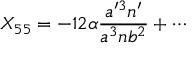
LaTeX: X _ { 5 5 } = - 1 2 \alpha { \frac { a ^ { \prime 3 } n ^ { \prime } } { a ^ { 3 } n b ^ { 2 } } } + \cdots